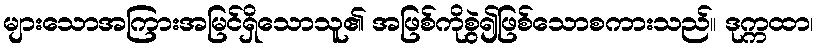
များသောအကြားအမြင်ရှိသောသူ၏ အဖြစ်ကိုစွဲ၍ဖြစ်သောစကားသည်။ ဒုက္ကထာ၊